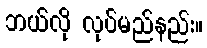
ဘယ်လို လုပ်မည်နည်း။